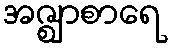
အဇ္ဈာစာရေ